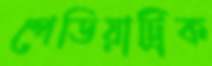
পেডিয়াট্রিক